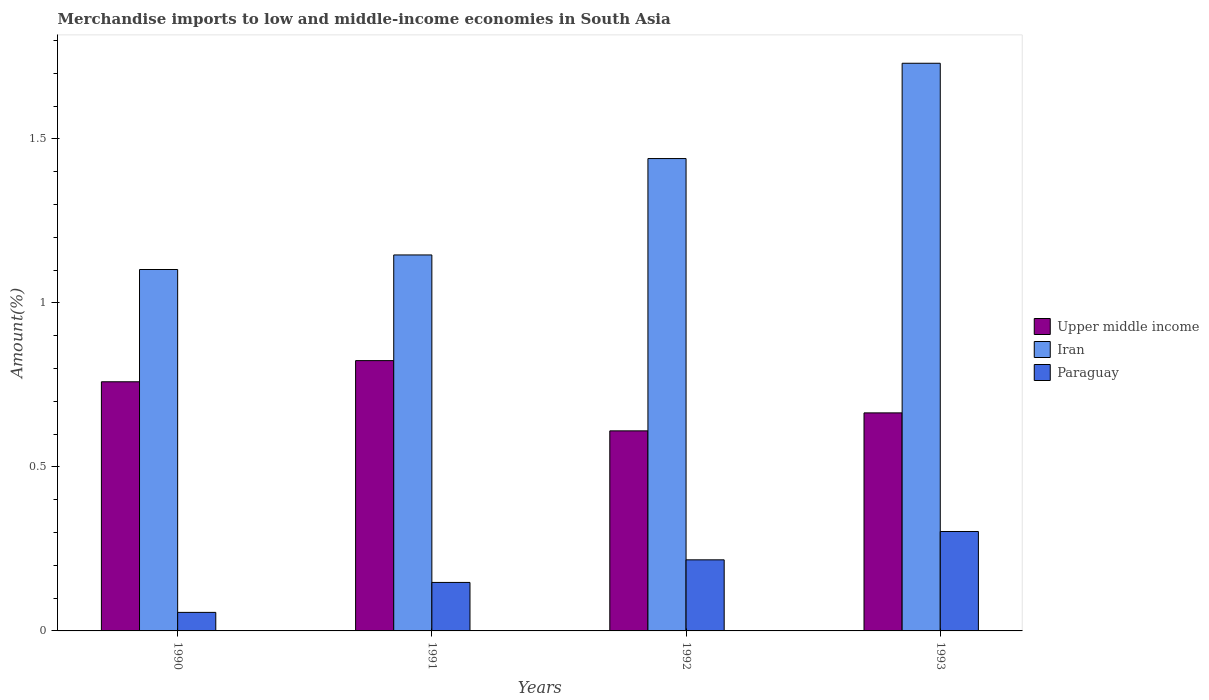
| Years | Upper middle income | Iran | Paraguay |
 | --- | --- | --- | --- |
 | 1990 | 0.76 | 1.1 | 0.0565 |
 | 1991 | 0.824 | 1.15 | 0.148 |
 | 1992 | 0.61 | 1.44 | 0.217 |
 | 1993 | 0.665 | 1.73 | 0.303 |